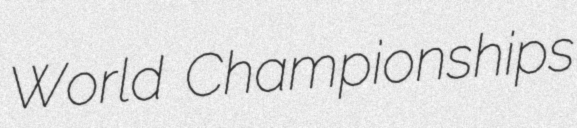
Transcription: World Championships